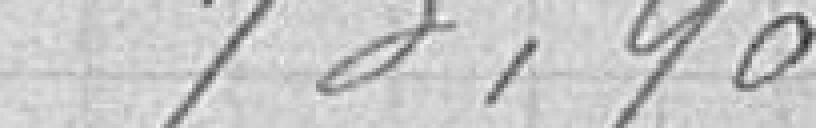
73,90